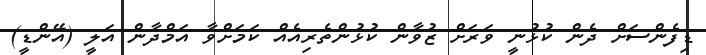
ޑިފެންސަށް ދެން ކުޅުނީ ވަރަށް ޒުވާން ކުޅުންތެރިއެއް ކަމަށްވާ އަމްދާން އަލީ (އޭންޑީ)